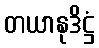
တယာနုဒိဋ္ဌံ